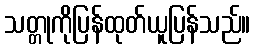
သတ္တုကိုပြန်ထုတ်ယူပြန်သည်။